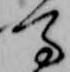
馬